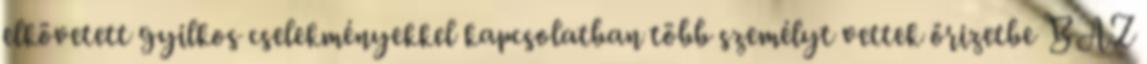
elkövetett gyilkos cselekményekkel kapcsolatban több személyt vettek őrizetbe BAZ